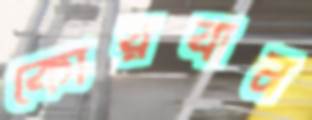
কোরবান